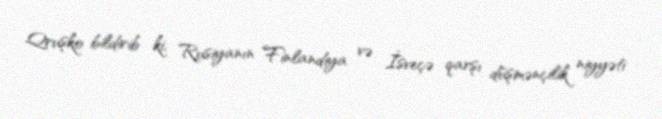
Qruşko bildirib ki, Rusiyanın Finlandiya və İsveçə qarşı düşmənçilik niyyəti